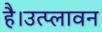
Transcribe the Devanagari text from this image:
है।उत्प्लावन